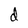
Character: d